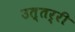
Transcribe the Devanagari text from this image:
उत्तर्री